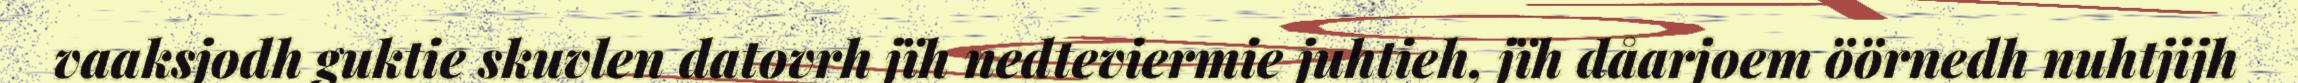
vaaksjodh guktie skuvlen datovrh jïh nedteviermie juhtieh, jïh dåarjoem öörnedh nuhtjijh